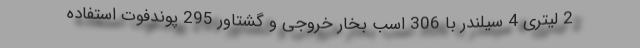
2 لیتری 4 سیلندر با 306 اسب بخار خروجی و گشتاور 295 پوندفوت استفاده